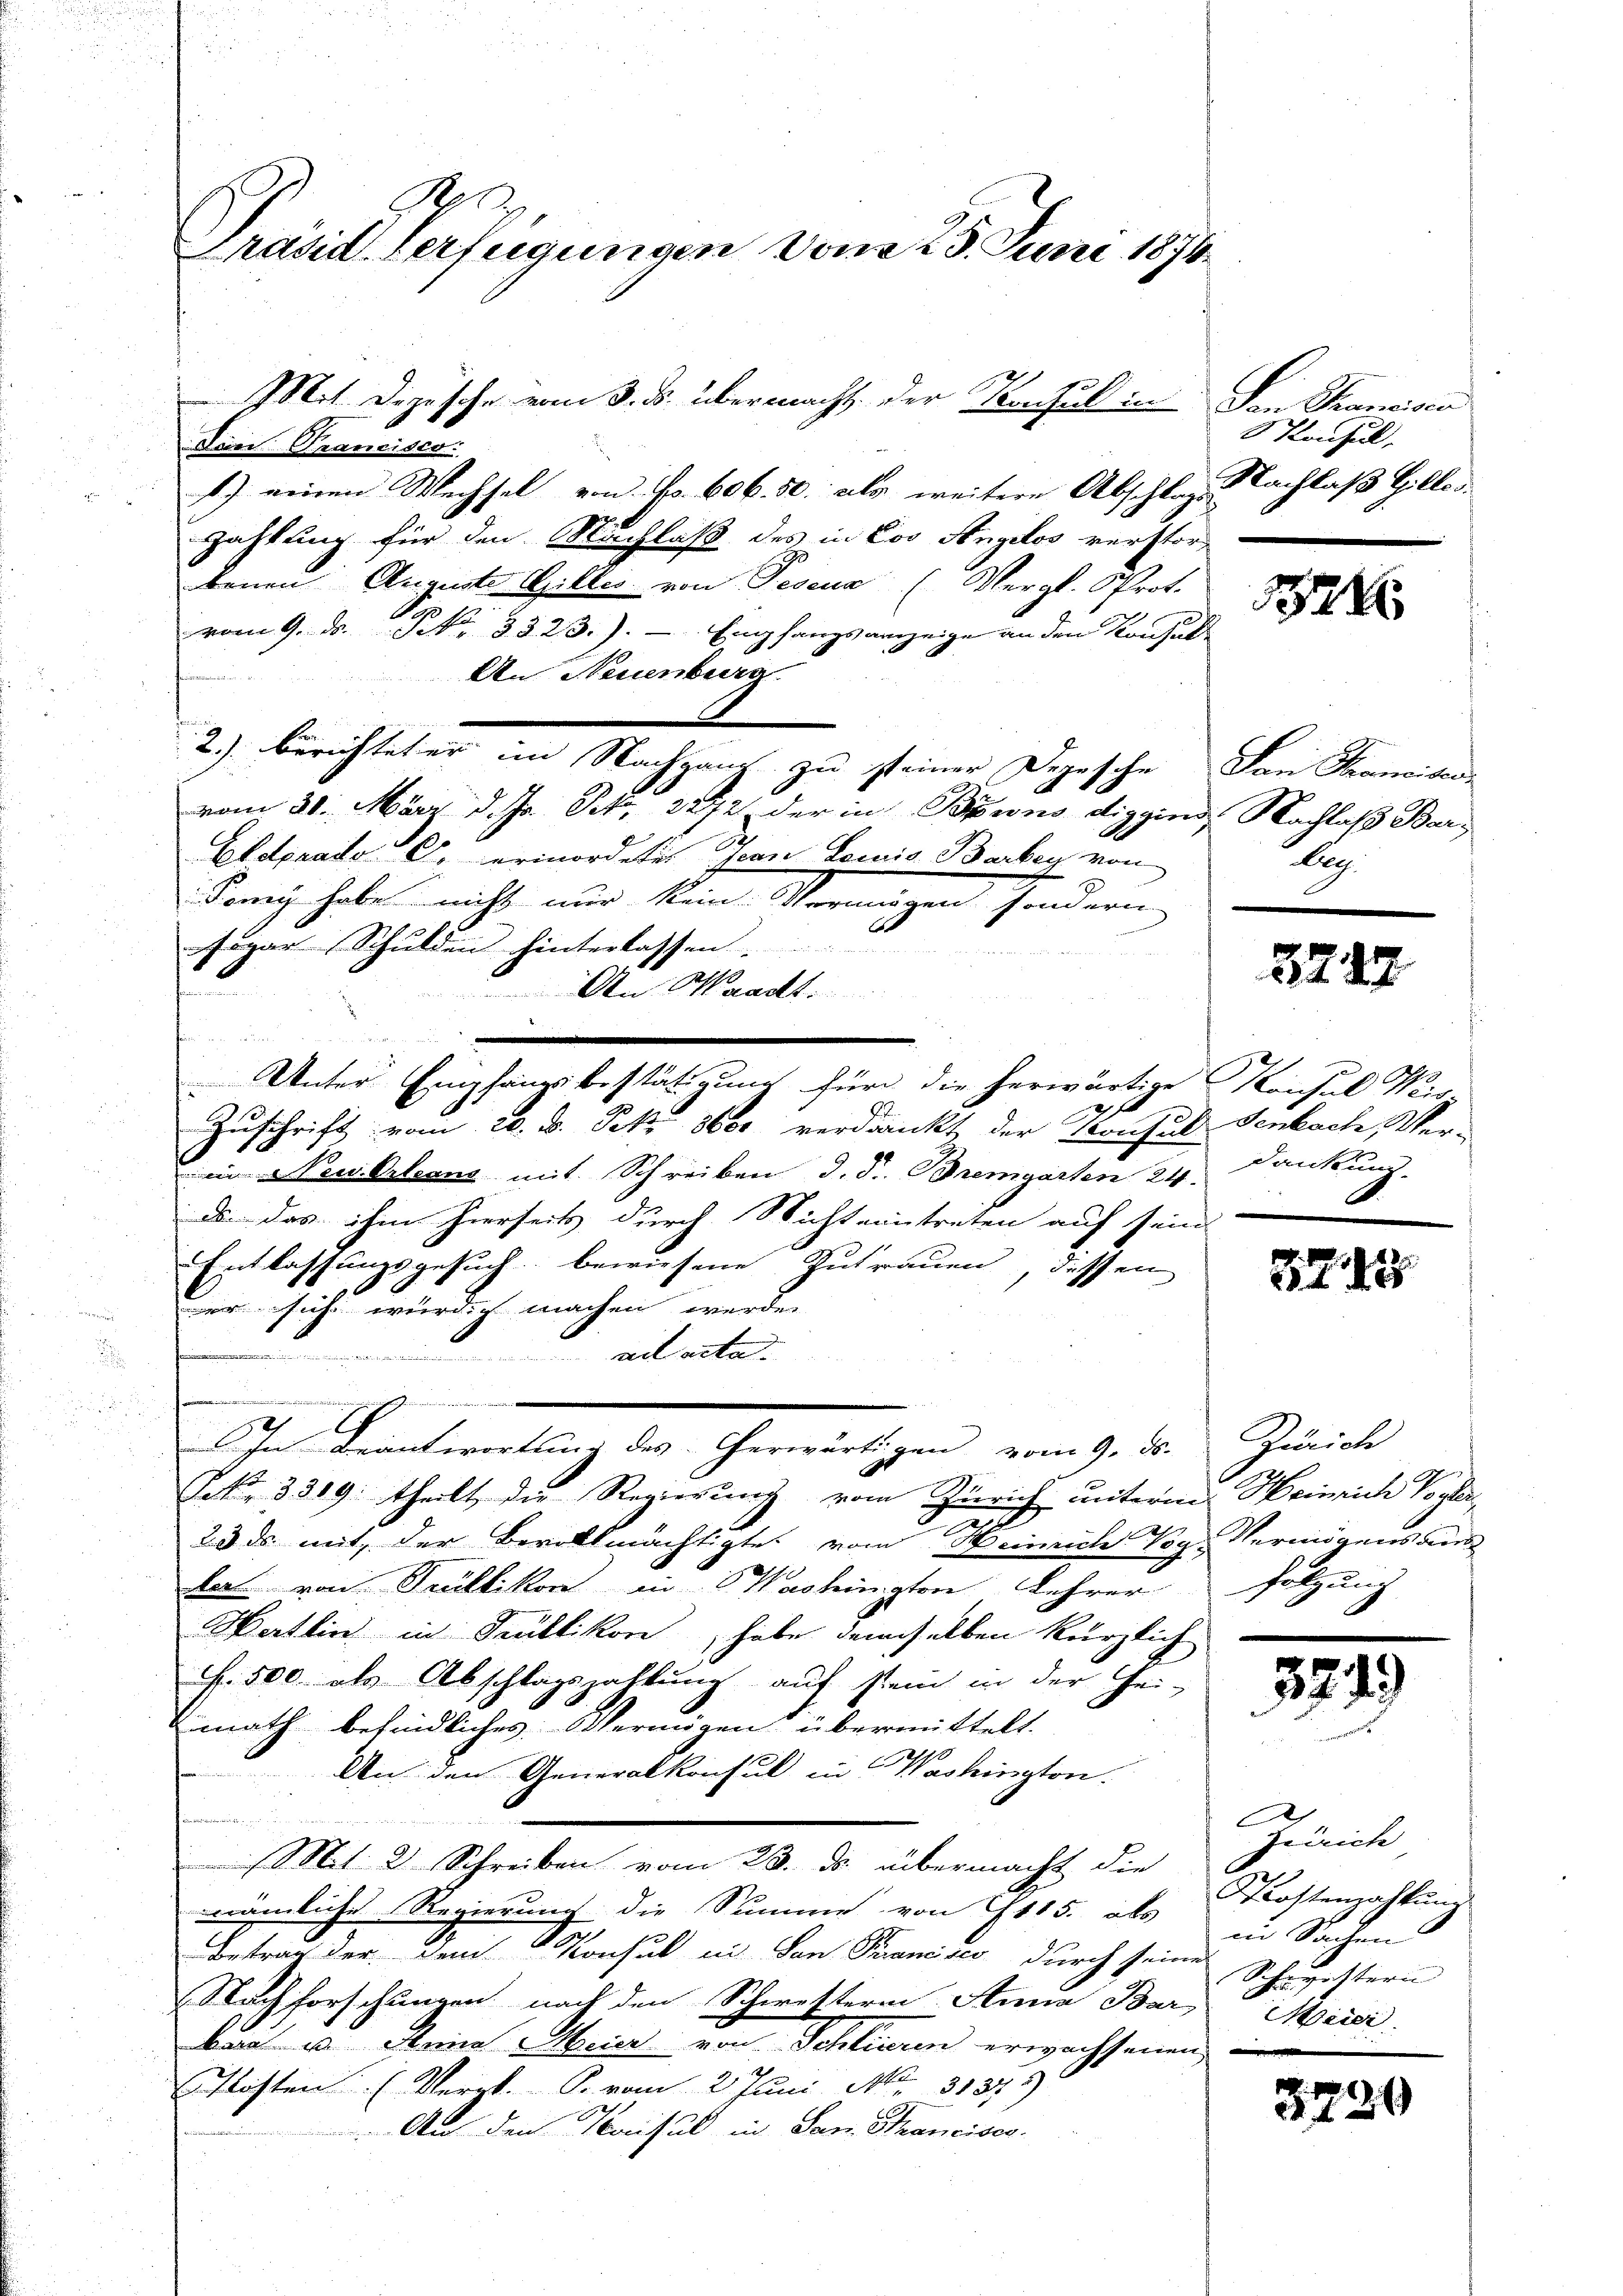
Präsid Verfügungen vom 23. Juni 1874.
Mit Dizusche vom 3. ds. übermacht der Versul in die Francisco
Trini Prancisco

zahlung für den Nachlaß des in Coo Angelos verstor-
benen Auguste Gilles von Peseus (Vergl. Prot.
vom 9. ds. S. 3323.). - Empfangsanzeige an den Konsul
An Neuenburg
2.) Berichtet er im Nachhaus zu steiner Depesche San Sanitar
vom 20. März d. Js. S. 3272 der in Bruns diggind Nachlaß Bars
Eldorado C. ermordetes Jean Louis Barbey von
Dan habe nicht nur den Vereinigen sondern
Fogar Schulden hinterlassen.
Th
 An Waadt.
n
Zuschrift vom 20. d. Frk. 8000 verdankt der Konsul Senkach, Ver-
in Neuestern mit Schreiben d. d. Bremgarten 24. Jankun
us. das ihm hierseits durch Nichteintreten auf sein
Entlassungsgesuch bewiesene Zutrauen, dessen
1
er sich würdig machen werde.

ait acta
e
iwer
hn Beantwortung des Cherwärtigen vom 9. ds.
Frk. 3389. theilt, die Regierung vom Zürich unterm Heinrich Vogler,
23 ds mit, der Bevollmächtigte vom Heinrich Vog- Vermögensaus
kart von Trüllikon Washington Lehrer
Hertlin in Trüllikon, habe demselben kürzlich
F. 500. als Abschlagszahlung auf sein in der Hei-
math befindliches Vermögens übermittelt.
An den Generalkonsul in Washington.
K
Mit 2 Schreiben vom 23. ds. übermacht die
nämliche Regierung die Summe von 1115. als in Sachen
Betrag der dem Konsul in von Francisco durch seine Schwestern
Nachforschungen nach den Schwestern Anna Bar. Maidi
bara u. Anna Meier von Schlieren erwachsenen
Klosten. (Vergl. P. vom 2. Juni Nr. 31373)
An den Konsul in San Francisco

2

1) einen Wechsel von No. 606. 50. als weitere Abschlags

Unter Empfangsbestätigung für die herwärtige Konsul Weis-

Konsul,
Nachlaß Gilles.

1324

leg.

2247

E

.
82. 155

Zürich
holzung

52.

)

Zürich
Kostenzahlŭng

e
5290